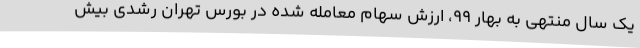
یک سال منتهی به بهار 99، ارزش سهام معامله شده در بورس تهران رشدی بیش